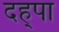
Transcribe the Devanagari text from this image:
दह्पा